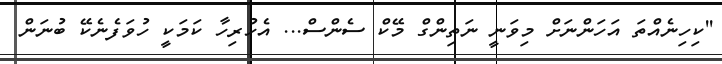
''ކިހިނެއްތަ އަހަންނަށް މިވަނީ ނަތިންގް މޭކް ސެންސް... އެހުރިހާ ކަމަކީ ހުވަފެނެކޭ ބުނަން